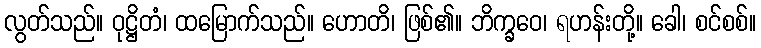
လွတ်သည်။ ဝုဋ္ဌိတံ၊ ထမြောက်သည်။ ဟောတိ၊ ဖြစ်၏။ ဘိက္ခဝေ၊ ရဟန်းတို့။ ခေါ၊ စင်စစ်။